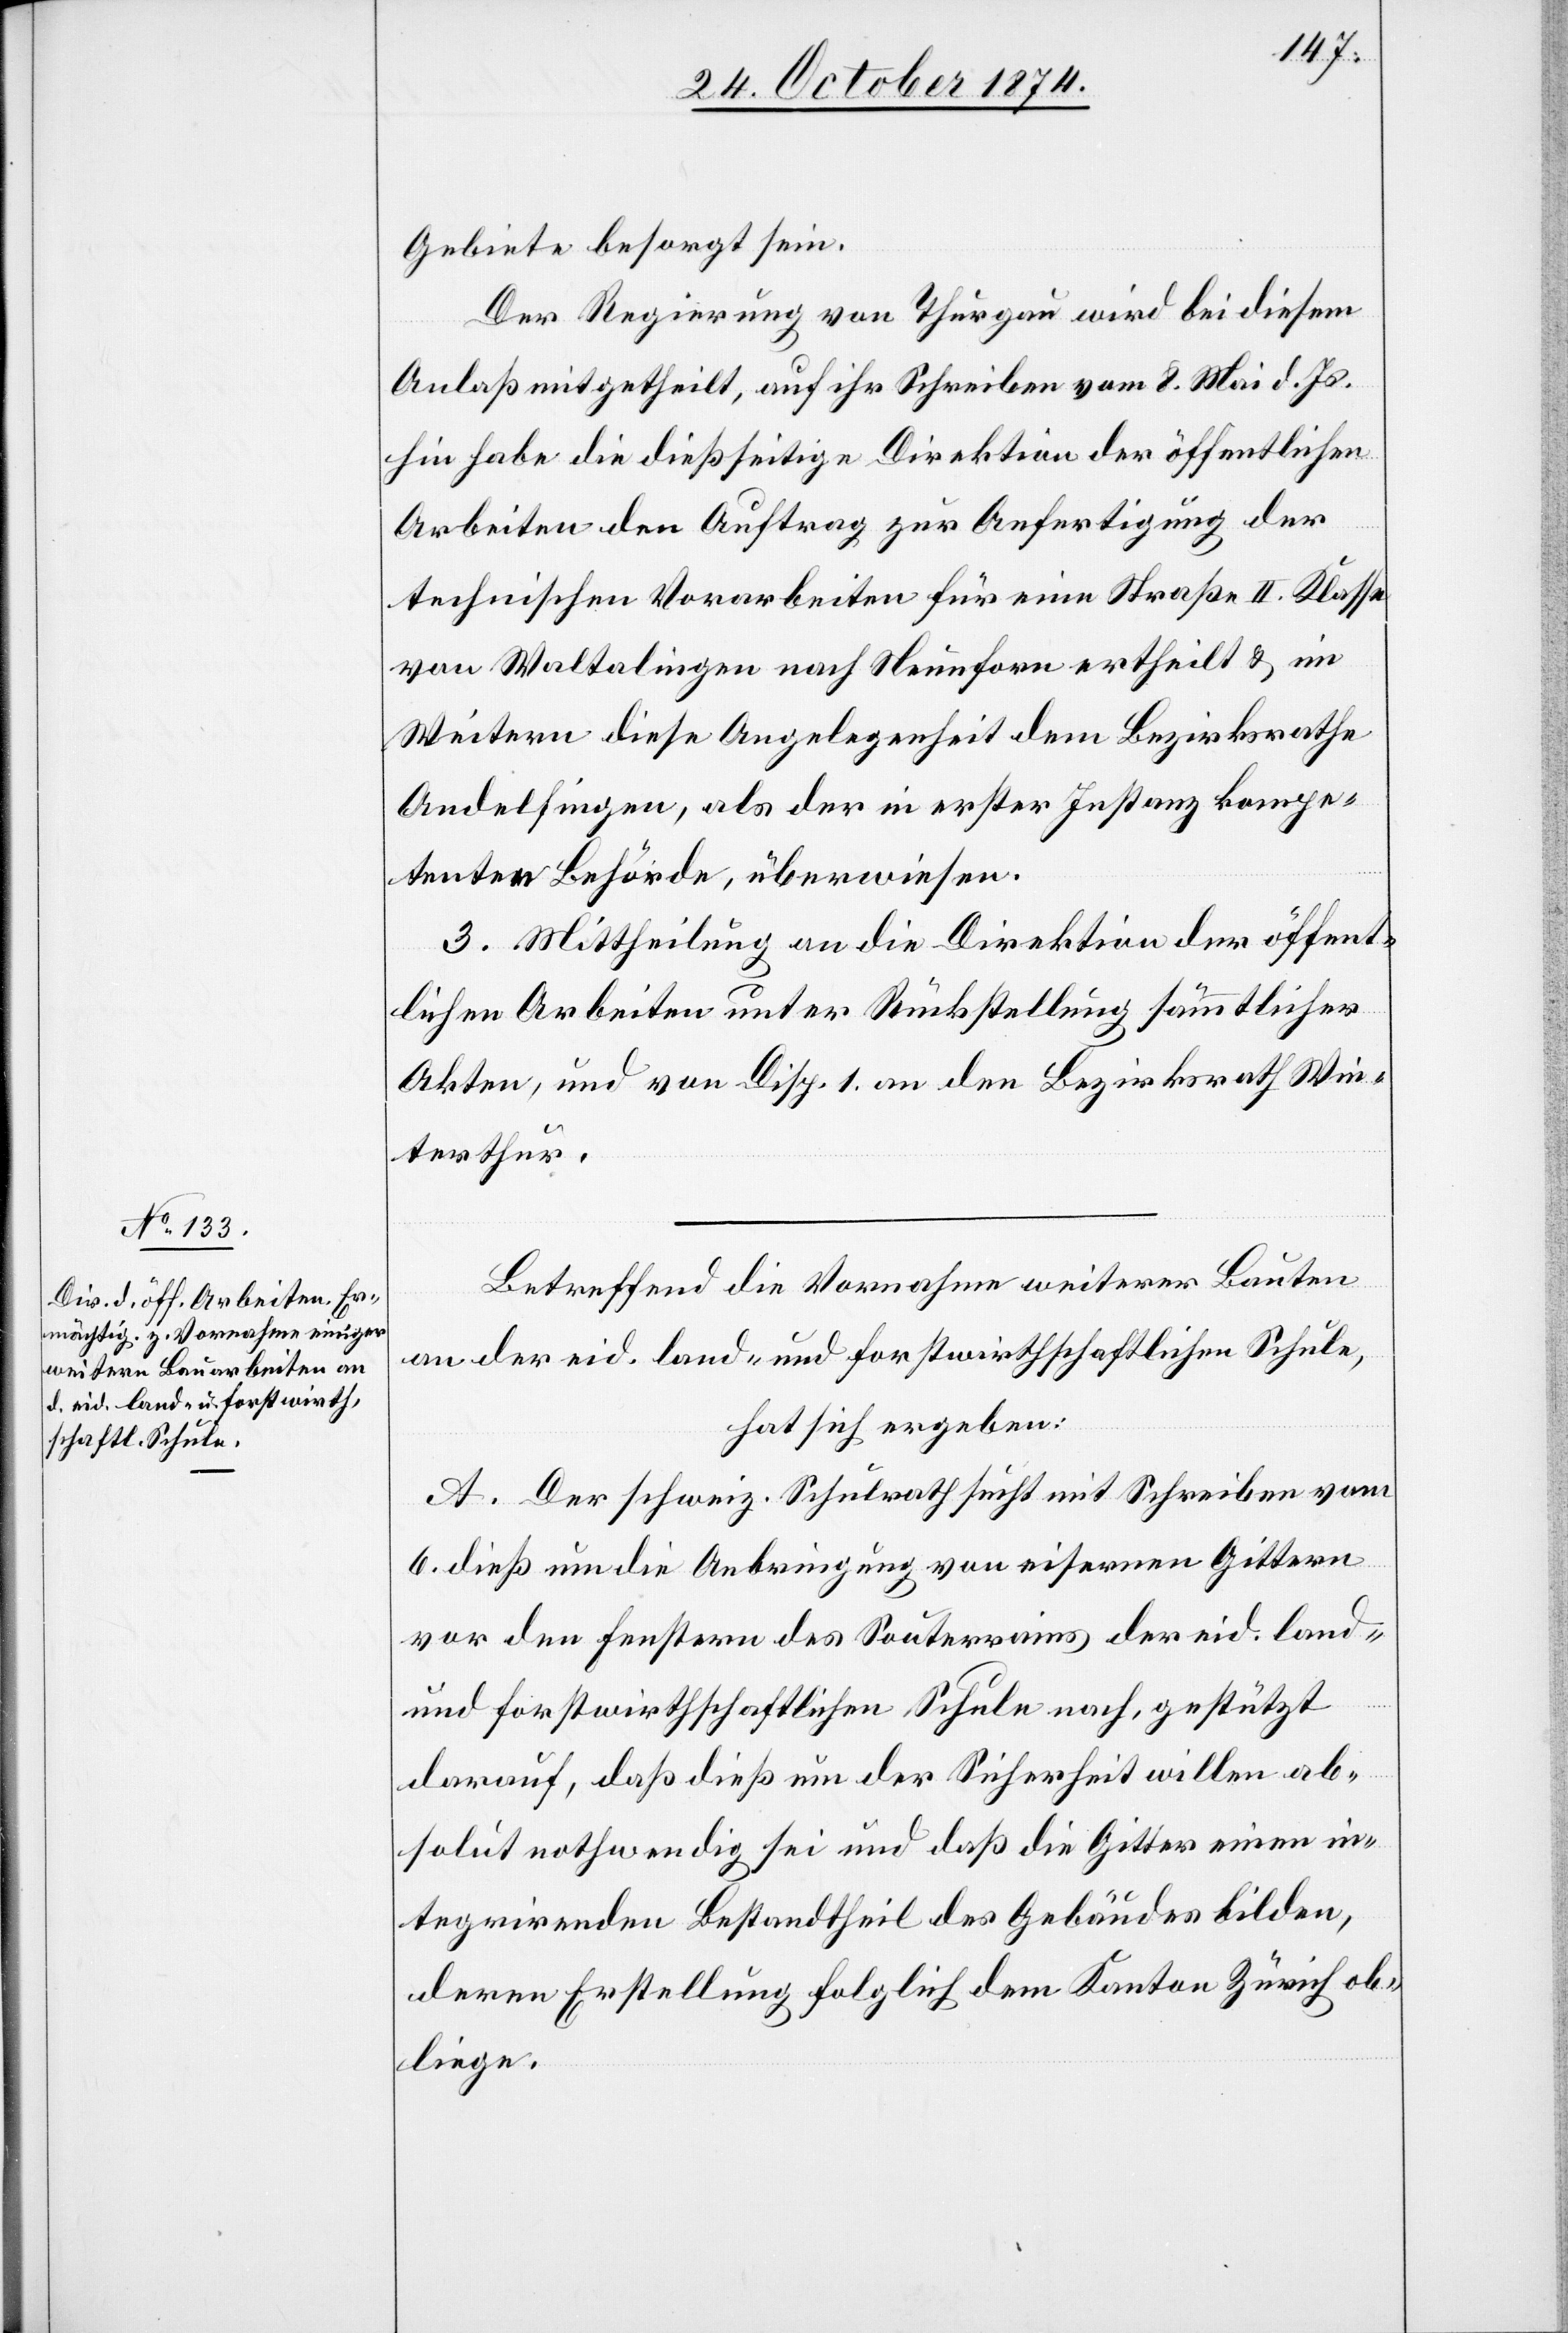
Gebiete besorgt sein.
Der Regierung von Thurgau wird bei diesem
Anlaß mitgetheilt, auf ihre Schreiben vom 8. Mai d. Js.
hin habe die dießseitige Direktion der öffentlichen
Arbeiten den Auftrag zur Anfertigung der
technischen Vorarbeiten für eine Straße II. Klasse
von Waltalingen nach Neunforn ertheilt & im
Weitern diese Angelegenheit dem Bezirksrathe
Andelfingen, als der in erster Instanz kompe¬
tenten Behörde, überwiesen.
3. Mittheilung an die Direktion der öffent¬
lichen Arbeiten unter Rückstellung sämmtlicher
Akten, und von Disp. 1 an den Bezirksrath Win¬
terthur.
Betreffend die Vornahme weiterer Bauten
an der eid. land- und forstwirthschaftlichen Schule,
hat sich ergeben:
A. Der schweiz. Schulrath sucht mit Schreiben vom
6. dieß um die Anbringung von eisernen Gittern
vor den Fenstern des Souterrains der eid. land-
und forstwirthschaftlichen Schule nach, gestützt
darauf, daß dieß um der Sicherheit willen ab¬
solut nothwendig sei und daß die Gitter einen in¬
tegrirenden Bestandtheil des Gebäudes bilden,
deren Erstellung folglich dem Kanton Zürich ob¬
liege.